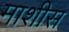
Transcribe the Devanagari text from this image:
माशीस